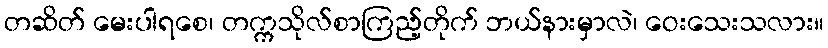
တဆိတ် မေးပါရစေ၊ တက္ကသိုလ်စာကြည့်တိုက် ဘယ်နားမှာလဲ၊ ဝေးသေးသလား။